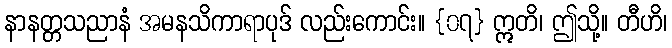
နာနတ္တသညာနံ အမနသိကာရာပုဒ် လည်းကောင်း။ {၀၇} ဣတိ၊ ဤသို့။ တီဟိ၊